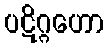
ပဋိဂ္ဂဟော